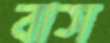
বাস